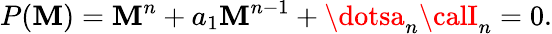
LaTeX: P(\mathbf{M})=\mathbf{M}^{n}+a_{1}\mathbf{M}^{n-1}+\dotsa_{n}{\calI}_{n}=0.